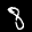
Label: 8